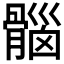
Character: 𮪱